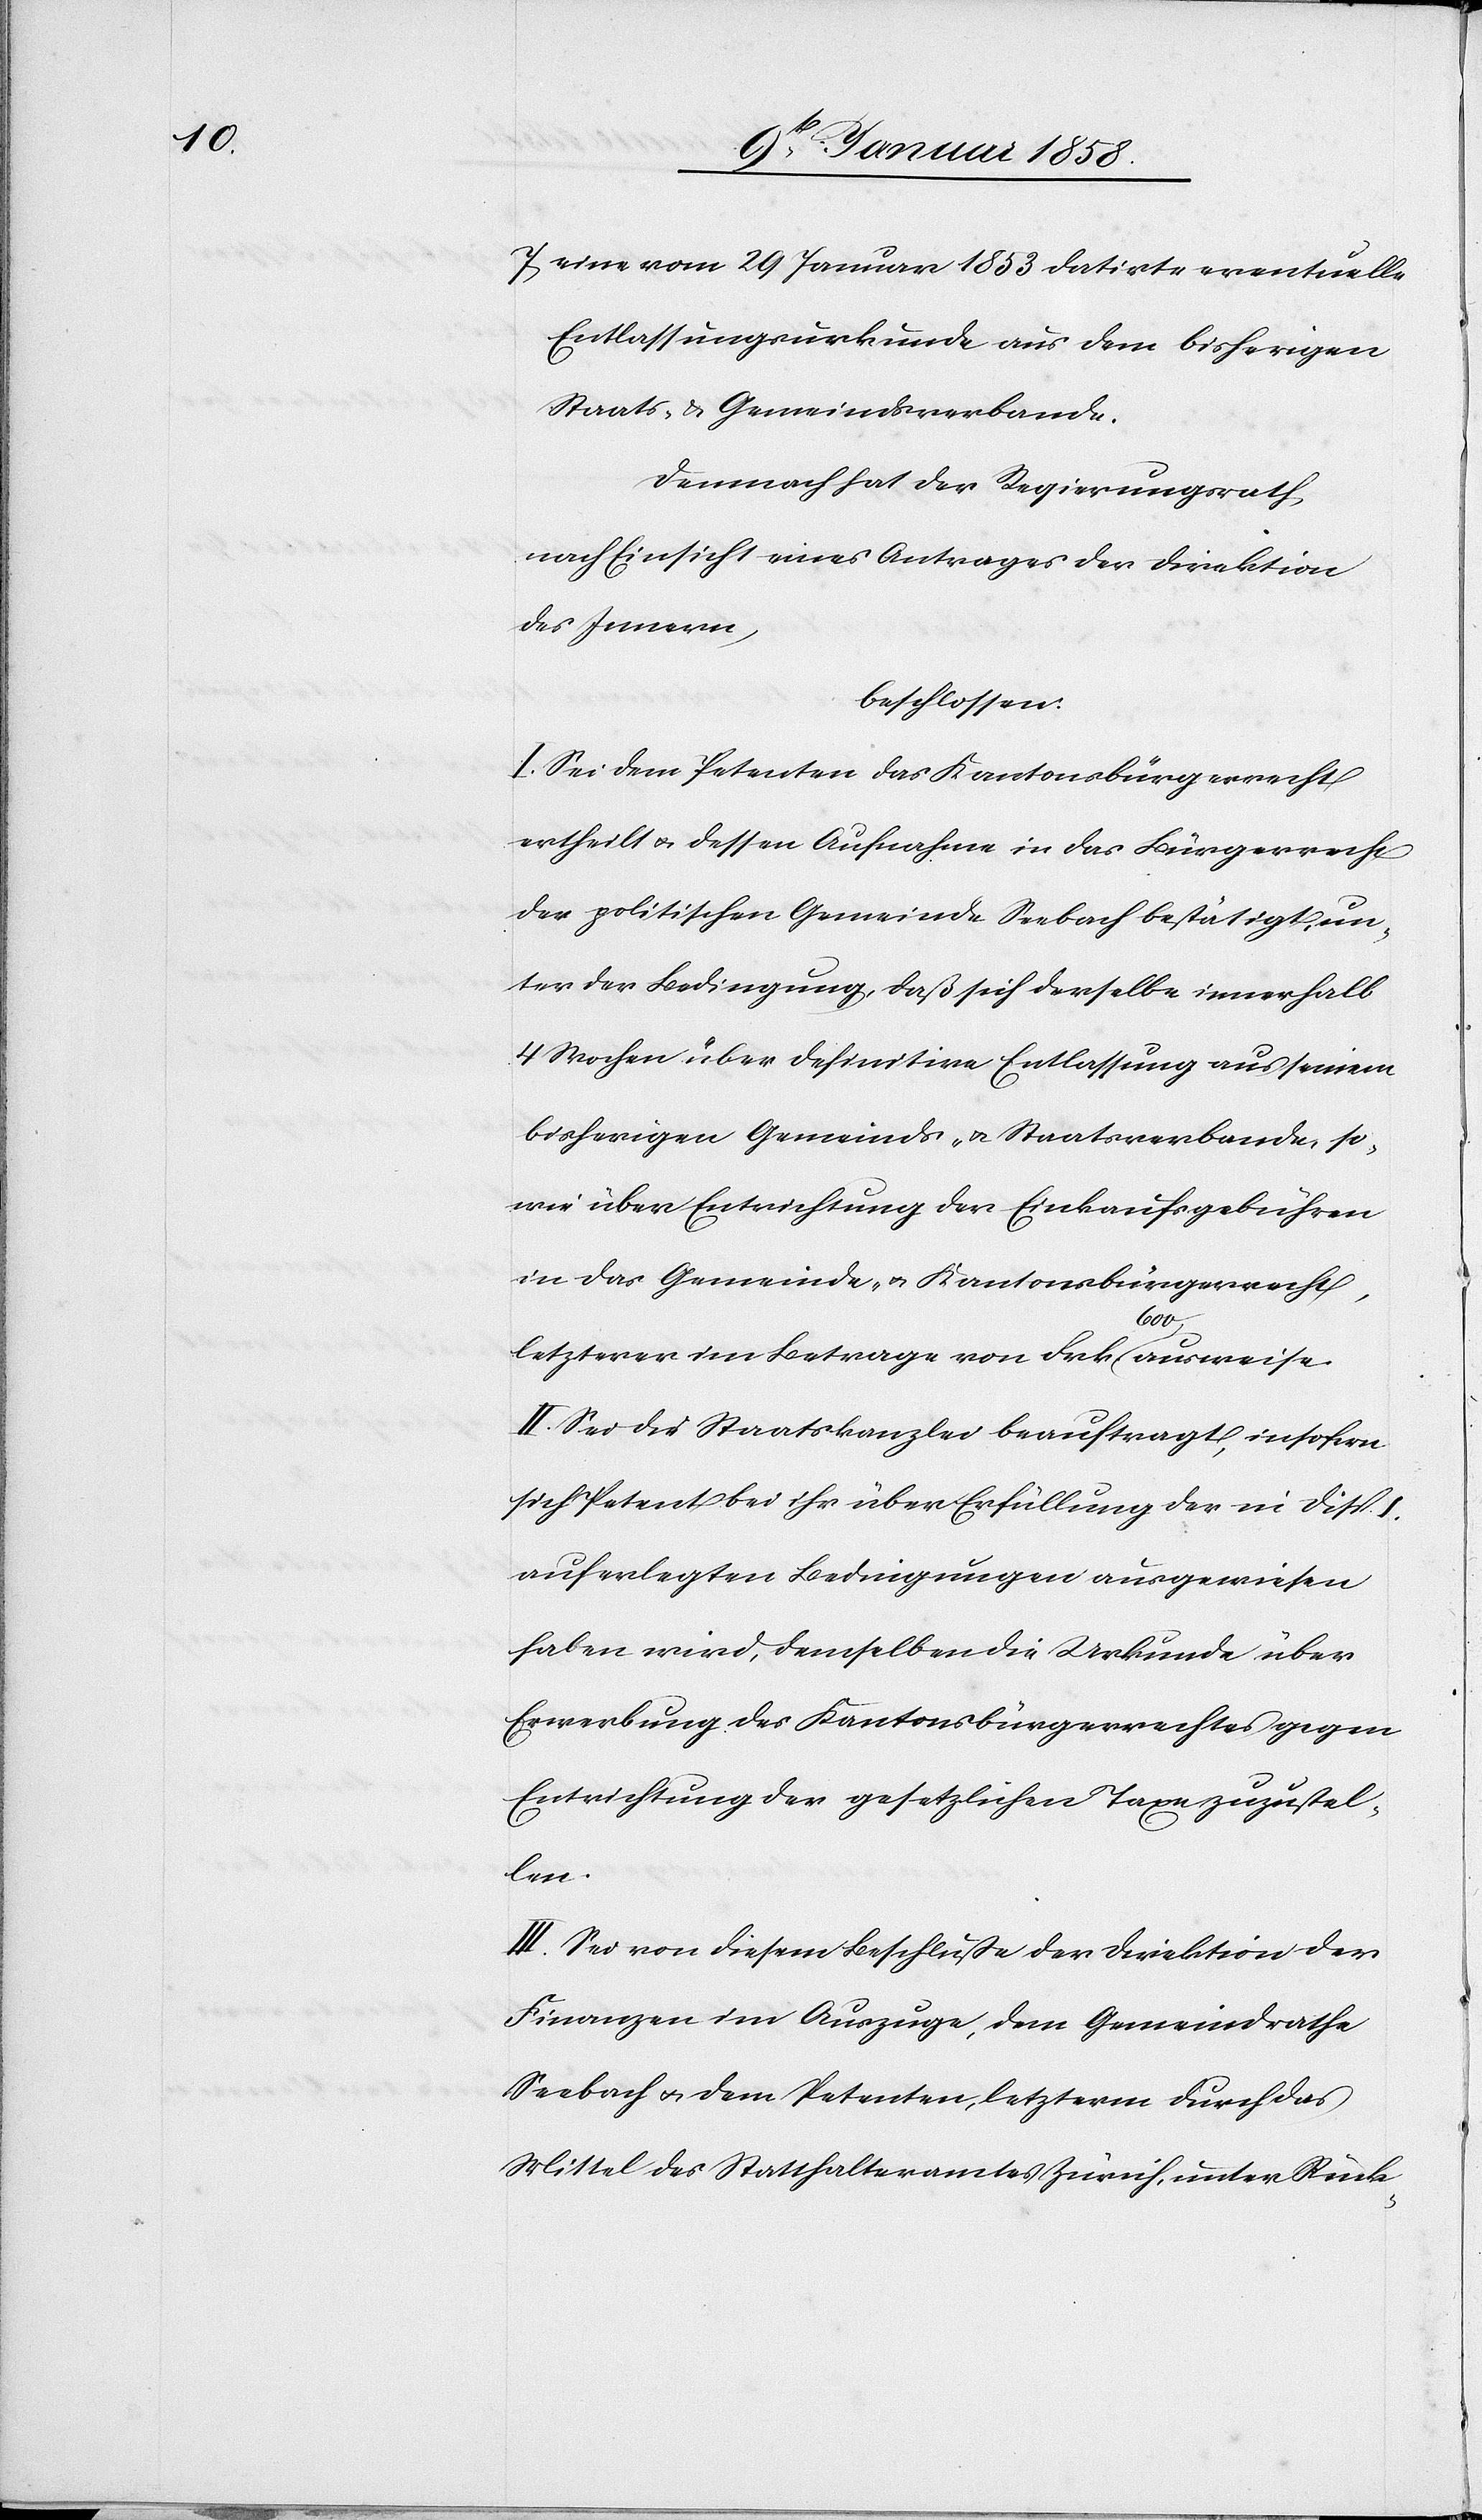
600

7. eine vom 29 Januar 1853 datirte eventuelle
Entlassungsurkunde aus dem bisherigen
Staats- und Gemeindsverbande.
Demnach hat der Regierungsrath
nach Einsicht eines Antrages der Direktion
des Innern,
beschlossen:
I. Sei dem Petenten das Kantonsbürgerrecht
ertheilt u. dessen Aufnahme in das Bürgerrecht
der politischen Gemeinde Seebach bestätigt, un¬
ter der Bedingung, daß sich derselbe innerhalb
4 Wochen über definitive Entlassung aus seinem
bisherigen Gemeinds- und Staatsverbande, so¬
wie über Entrichtung der Einkaufsgebühren
in das Gemeinde- u. Kantonsbürgerrecht,
weise.
II. Sei die Staatskanzlei beauftragt, insofern
sich Petent bei ihr über Erfüllung der in Disp. I.
auferlegten Bedingungen ausgewiesen
haben wird, demselben die Urkunde über
Erwerbung des Kantonsbürgerrechtes gegen
Entrichtung der gesetzlichen Taxe zuzustel¬
len.
III. Sei von diesem Beschluße der Direktion der
Finanzen im Auszuge, dem Gemeindrathe
Seebach u. dem Petenten, letzterm durch das
Mittel des Statthalteramtes Zürich, unter Rück-